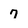
Character: 7